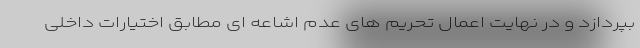
بپردازد و در نهایت اعمال تحریم های عدم اشاعه ای مطابق اختیارات داخلی